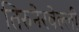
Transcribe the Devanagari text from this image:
तिरुनेरवेल्ली